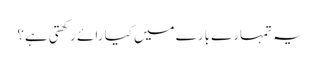
یہ تمہارے بارے میں کیا رائے رکھتی ہے؟